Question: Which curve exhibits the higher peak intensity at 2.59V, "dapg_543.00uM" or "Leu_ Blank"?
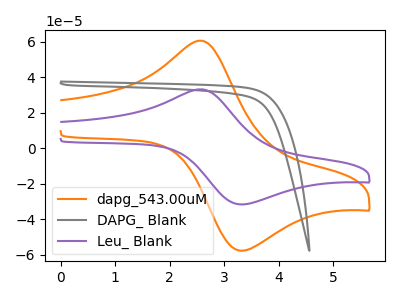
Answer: <think>The orange curve "dapg_543.00uM" has an anodic peak at (2.60V, 60.70uA) and a cathodic peak at (3.30V, -57.85uA). The gray curve "DAPG_ Blank" has no peaks. The purple curve "Leu_ Blank" has an anodic peak at (2.60V, 33.25uA) and a cathodic peak at (3.30V, -31.70uA).</think>
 <answer>The peak at 2.59V is higher in "dapg_543.00uM" than in "Leu_ Blank".</answer>
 <eval>higher</eval>